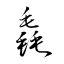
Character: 毳